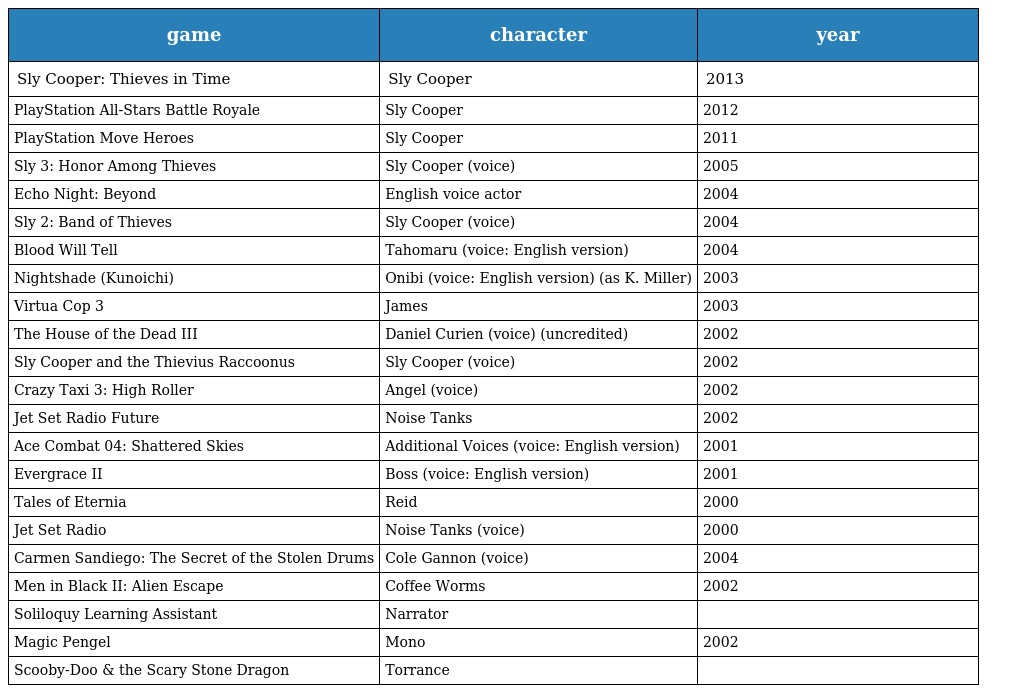
| game | character | year |
 | --- | --- | --- |
 | Sly Cooper: Thieves in Time | Sly Cooper | 2013 |
 | PlayStation All-Stars Battle Royale | Sly Cooper | 2012 |
 | PlayStation Move Heroes | Sly Cooper | 2011 |
 | Sly 3: Honor Among Thieves | Sly Cooper (voice) | 2005 |
 | Echo Night: Beyond | English voice actor | 2004 |
 | Sly 2: Band of Thieves | Sly Cooper (voice) | 2004 |
 | Blood Will Tell | Tahomaru (voice: English version) | 2004 |
 | Nightshade (Kunoichi) | Onibi (voice: English version) (as K. Miller) | 2003 |
 | Virtua Cop 3 | James | 2003 |
 | The House of the Dead III | Daniel Curien (voice) (uncredited) | 2002 |
 | Sly Cooper and the Thievius Raccoonus | Sly Cooper (voice) | 2002 |
 | Crazy Taxi 3: High Roller | Angel (voice) | 2002 |
 | Jet Set Radio Future | Noise Tanks | 2002 |
 | Ace Combat 04: Shattered Skies | Additional Voices (voice: English version) | 2001 |
 | Evergrace II | Boss (voice: English version) | 2001 |
 | Tales of Eternia | Reid | 2000 |
 | Jet Set Radio | Noise Tanks (voice) | 2000 |
 | Carmen Sandiego: The Secret of the Stolen Drums | Cole Gannon (voice) | 2004 |
 | Men in Black II: Alien Escape | Coffee Worms | 2002 |
 | Soliloquy Learning Assistant | Narrator |  |
 | Magic Pengel | Mono | 2002 |
 | Scooby-Doo & the Scary Stone Dragon | Torrance |  |